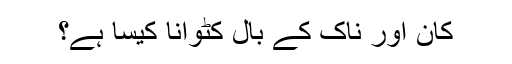
کان اور ناک کے بال کٹوانا کیسا ہے؟